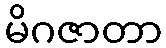
မိဂဇာတာ